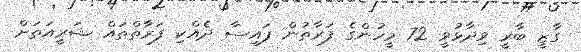
ގާޒީ ބާރީ ވިދާޅުވީ 72 މީހުންގެ ފަރާތުން ފައިސާ ދެއްކި ފަރާތްތައް ޝަރީއަތަށް